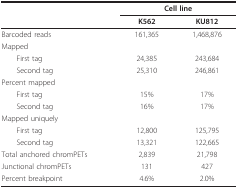
<table><thead><tr><td></td><td colspan="2"><b>Cell line</b></td></tr><tr><td></td><td><b>K562</b></td><td><b>KU812</b></td></tr></thead><tbody><tr><td>Barcoded reads</td><td>161,365</td><td>1,468,876</td></tr><tr><td>Mapped</td><td></td><td></td></tr><tr><td> First tag</td><td>24,385</td><td>243,684</td></tr><tr><td> Second tag</td><td>25,310</td><td>246,861</td></tr><tr><td>Percent mapped</td><td></td><td></td></tr><tr><td> First tag</td><td>15%</td><td>17%</td></tr><tr><td> Second tag</td><td>16%</td><td>17%</td></tr><tr><td>Mapped uniquely</td><td></td><td></td></tr><tr><td> First tag</td><td>12,800</td><td>125,795</td></tr><tr><td> Second tag</td><td>13,321</td><td>122,665</td></tr><tr><td>Total anchored chromPETs</td><td>2,839</td><td>21,798</td></tr><tr><td>Junctional chromPETs</td><td>131</td><td>427</td></tr><tr><td>Percent breakpoint</td><td>4.6%</td><td>2.0%</td></tr></tbody></table>